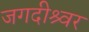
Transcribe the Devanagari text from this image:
जगदीश्र्वर